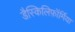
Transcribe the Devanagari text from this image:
डैस्किलिफ़ॉर्मिया